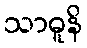
သာဓူနိ